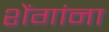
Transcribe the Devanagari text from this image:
शेंगांना